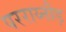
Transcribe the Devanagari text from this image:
परराय्नौड़